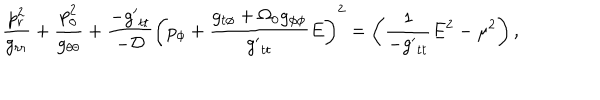
\frac { p _ { r } ^ { 2 } } { g _ { r r } } + \frac { p _ { \theta } ^ { 2 } } { g _ { \theta \theta } } + \frac { - { g ^ { \prime } } _ { t t } } { - \cal D } \left( p _ { \phi } + \frac { g _ { t \phi } + \Omega _ { 0 } g _ { \phi \phi } } { { g ^ { \prime } } _ { t t } } E \right) ^ { 2 } = \left( \frac { 1 } { - { g ^ { \prime } } _ { t t } } E ^ { 2 } - \mu ^ { 2 } \right) ,